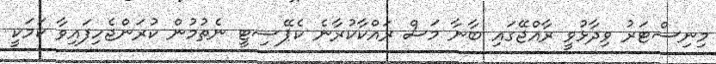
މިނިސްޓަރު ވިދާޅުވީ ރާއްޖޭގައި ބާނާ މަސް ރައްކާކުރާނެ ކެޕޭސިޓީ ނެތުމުން ކުރަންޖެހިފައިވާ ކަމަކީ